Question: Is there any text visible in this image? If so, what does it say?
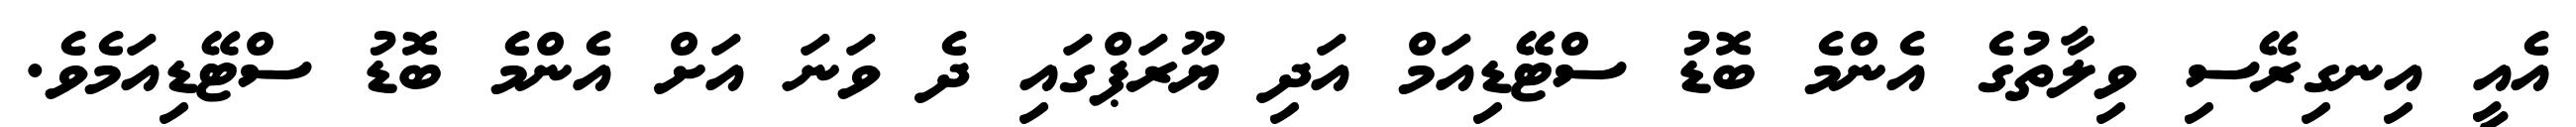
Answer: އެއީ އިނގިރޭސި ވިލާތުގެ އެންމެ ބޮޑު ސްޓޭޑިއަމް އަދި ޔޫރަޕްގައި ދެ ވަނަ އަށް އެންމެ ބޮޑު ސްޓޭޑިއަމެވެ.